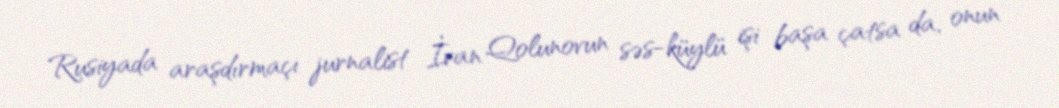
Rusiyada araşdırmaçı jurnalist İvan Qolunovun səs-küylü işi başa çatsa da, onun